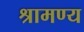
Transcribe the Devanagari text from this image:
श्रामण्य